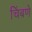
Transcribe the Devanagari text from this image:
चिंबणे